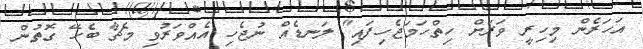
އަހަރެން މިހިރީ ވަރަށް ހިތްހަމަޖެހިފައި" ލަނޑެއް ނުޖެހި އެއްވަރުވި މެޗާ ބެހޭ ގޮތުން